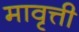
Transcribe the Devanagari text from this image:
मावृत्ती